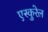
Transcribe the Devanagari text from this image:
एस्कुरेल